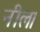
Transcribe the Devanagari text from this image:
नील।